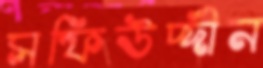
সফিউদ্দীন